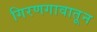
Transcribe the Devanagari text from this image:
गिरणगावातून